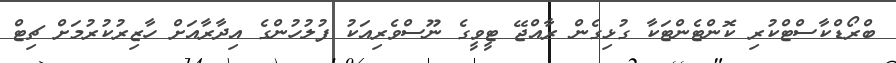
ބްރޯޑްކާސްޓްކުރި ކޮންޓެންޓަކާ ގުޅިގެން ރާއްޖޭ ޓީވީގެ ނޫސްވެރިއަކު ފުލުހުންގެ އިދާރާއަށް ހާޒިރުކުރުމަށް ޗިޓް